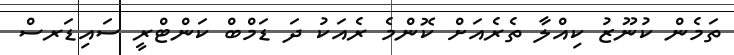
ތަމެން ކުނޫޒު ކިއްލާ ތެރެއަށް ކޮންމެ ރެއަކު ދަ ޑަމްބް ކަންޓްރީ ސައިޑަރސް